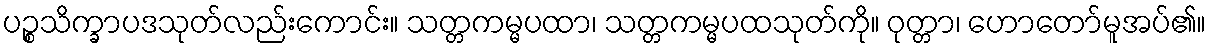
ပဉ္စသိက္ခာပဒသုတ်လည်းကောင်း။ သတ္တကမ္မပထာ၊ သတ္တကမ္မပထသုတ်ကို။ ဝုတ္တာ၊ ဟောတော်မူအပ်၏။